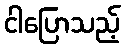
ငါပြောသည့်